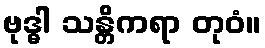
ဗုဒ္ဓါ သန္တိကရာ တုဝံ။